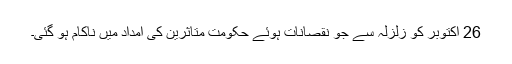
26 اکتوبر کو زلزلہ سے جو نقصانات ہوئے حکومت متاثرین کی امداد میں ناکام ہو گئی۔